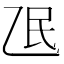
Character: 𬼢